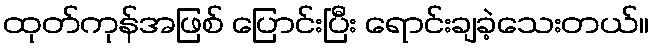
ထုတ်ကုန်အဖြစ် ပြောင်းပြီး ရောင်းချခဲ့သေးတယ်။